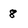
Character: 8